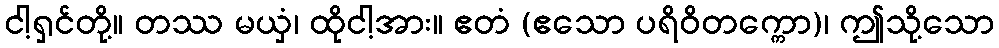
ငါ့ရှင်တို့။ တဿ မယှံ၊ ထိုငါ့အား။ ဧတံ (ဧသော ပရိဝိတက္ကော)၊ ဤသို့သော